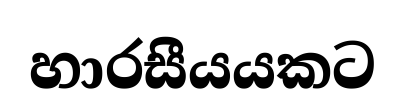
හාරසීයයකට